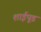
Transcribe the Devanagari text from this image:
शाईपूड